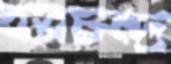
হবচন্দ্র